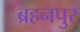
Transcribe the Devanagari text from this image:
ब्रहनपुर